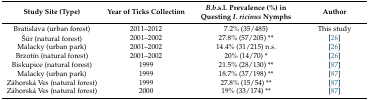
| Study Site (Type) | Year of Ticks Collection | B.b.s.l. Prevalence (%) in Questing I. ricinus Nymphs | Author |
 | --- | --- | --- | --- |
 | Bratislava (urban forest) | 2011–2012 | 7.2% (35/485) | This study |
 | Šúr (natural forest) | 2001–2002 | 27.8% (57/205) ** | [26] |
 | Malacky (urban park) | 2001–2002 | 14.4% (31/215) n.s. | [26] |
 | Brzotín (natural forest) | 2001–2002 | 20% (14/70) * | [26] |
 | Biskupice (natural forest) | 1999 | 21.5% (28/130) ** | [87] |
 | Malacky (urban park) | 1999 | 18.7% (37/198) ** | [87] |
 | Záhorská Ves (natural forest) | 1999 | 27.8% (15/54) ** | [87] |
 | Záhorská Ves (natural forest) | 2000 | 19% (33/174) ** | [87] |